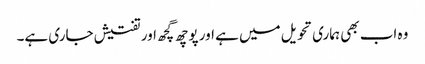
وہ اب بھی ہماری تحویل میں ہے اور پوچھ گچھ اور تفتیش جاری ہے۔